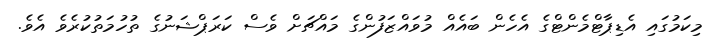
މިކަމުގައި އެޑިޕާޓްމެންޓްގެ އެހެން ބައެއް މުވައްޒަފުންގެ މައްޗަށް ވެސް ކަރަޕްޝަނުގެ ތުހުމަތުކުރެވެ އެވެ.